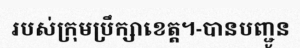
របស់ក្រុមប្រឹក្សាខេត្ត។-បានបញ្ជូន